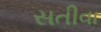
સતીવા